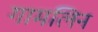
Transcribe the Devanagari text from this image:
गामलिन